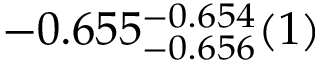
- 0 . 6 5 5 _ { - 0 . 6 5 6 } ^ { - 0 . 6 5 4 } ( 1 )